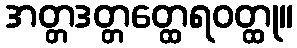
အတ္တဒတ္တတ္ထေရဝတ္ထု။